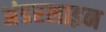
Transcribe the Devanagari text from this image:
अंडरलाइन